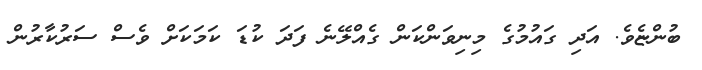
ބުންޏެވެ. އަދި ގައުމުގެ މިނިވަންކަން ގެއްލޭނެ ފަދަ ކުޑަ ކަމަކަށް ވެސް ސަރުކާރުން